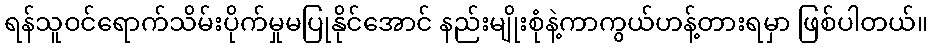
ရန်သူဝင်ရောက်သိမ်းပိုက်မှုမပြုနိုင်အောင် နည်းမျိုးစုံနဲ့ကာကွယ်ဟန့်တားရမှာ ဖြစ်ပါတယ်။